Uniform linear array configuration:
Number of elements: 8
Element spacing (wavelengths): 1
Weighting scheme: hamming
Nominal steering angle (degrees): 15
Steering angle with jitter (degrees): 13.5
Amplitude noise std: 0.05
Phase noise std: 0.05

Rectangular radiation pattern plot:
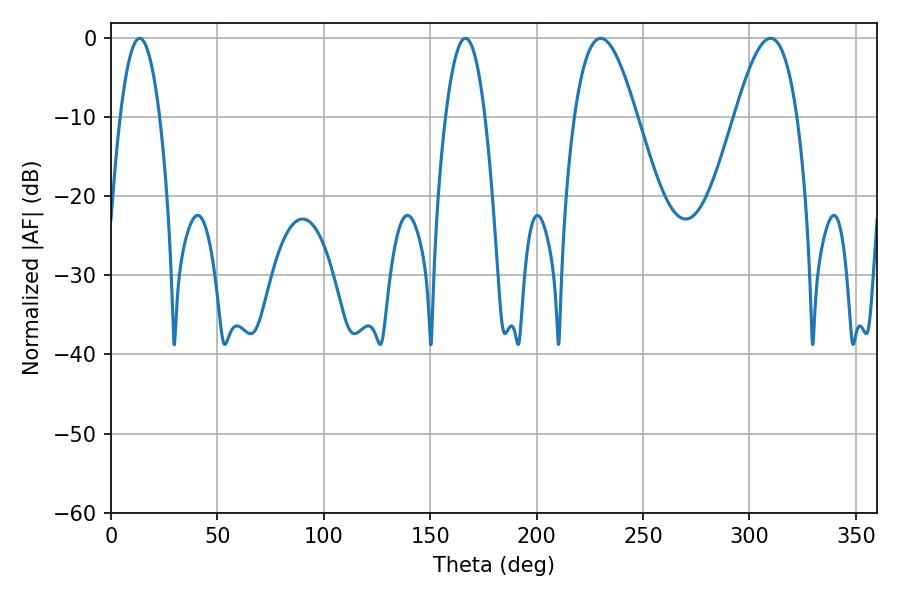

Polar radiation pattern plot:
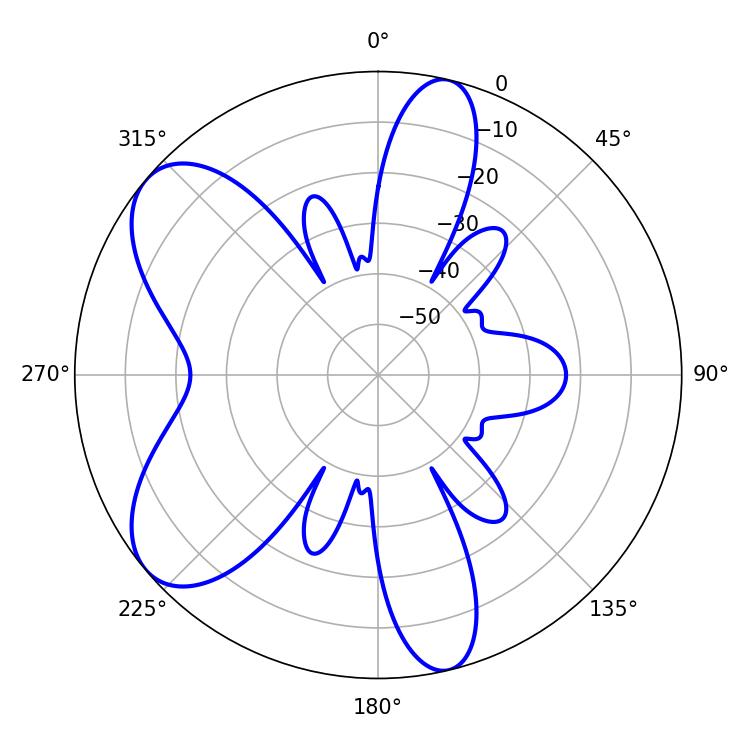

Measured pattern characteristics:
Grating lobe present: TRUE
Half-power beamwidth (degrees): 10.08
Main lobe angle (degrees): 13.5